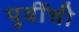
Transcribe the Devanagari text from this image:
पुर्वीची